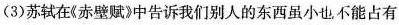
(3)苏轼在《赤壁赋》中告诉我们别人的东西虽小也不能占有